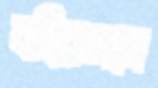
বহিরঙ্গনে